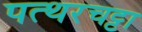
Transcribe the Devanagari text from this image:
पत्थरचट्टा